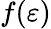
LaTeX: f(\varepsilon)